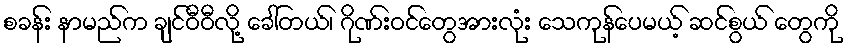
စခန်း နာမည်က ချင်ဝီဝီလို့ ခေါ်တယ်၊ ဂိုဏ်းဝင်တွေအားလုံး သေကုန်ပေမယ့် ဆင်စွယ် တွေကို